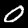
Label: 0